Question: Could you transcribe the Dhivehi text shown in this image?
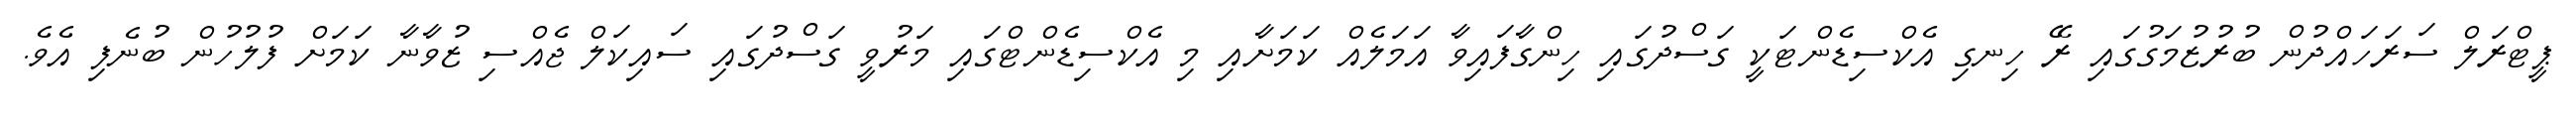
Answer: ޕީޓްރަލް ސަރަހައްދުން ބުރުޒުމަގުގައި ރޭ ހިނގި އެކްސިޑެންޓަކީ ގަސްދުގައި ހިންގާފައިވާ އަމަލެއް ކަމަށާއި މި އެކްސިޑެންޓްގައި މަރުވީ ގަސްދުގައި ސައިކަލް ޖެއްސި ޒުވާނާ ކަމަށް ފުލުހުން ބުނެފި އެވެ.